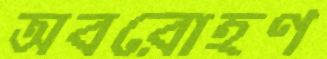
অবরোহণ